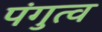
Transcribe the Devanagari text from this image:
पंगुत्व